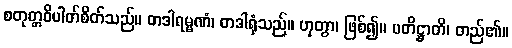
စတုတ္တဝိပါတ်စိတ်သည်။ တဒါရမ္မဏံ၊ တဒါရုံသည်။ ဟုတွာ၊ ဖြစ်၍။ ပတိဋ္ဌာတိ၊ တည်၏။